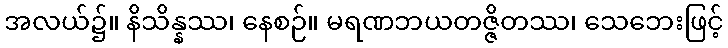
အလယ်၌။ နိသိန္နဿ၊ နေစဉ်။ မရဏဘယတဇ္ဇိတဿ၊ သေဘေးဖြင့်